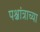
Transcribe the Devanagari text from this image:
पश्चांत्राच्या